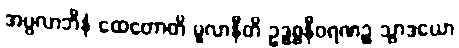
အပ္ပလာဘီနံ ထေတောတိ မူလာနီတိ ဥဒ္ဓစ္စနီဝရဏဉ္စ သွာဒယော